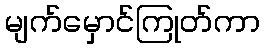
မျက်မှောင်ကြုတ်ကာ